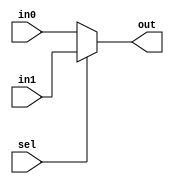
module MUX(in0, in1, sel, out);
  parameter len = 32;

  input [len-1:0] in0, in1;
  input sel;
  output [len-1:0] out;

  assign out = sel ? in1 : in0;

endmodule